Jaan_Tonisson_(Lasteleht), lk 127
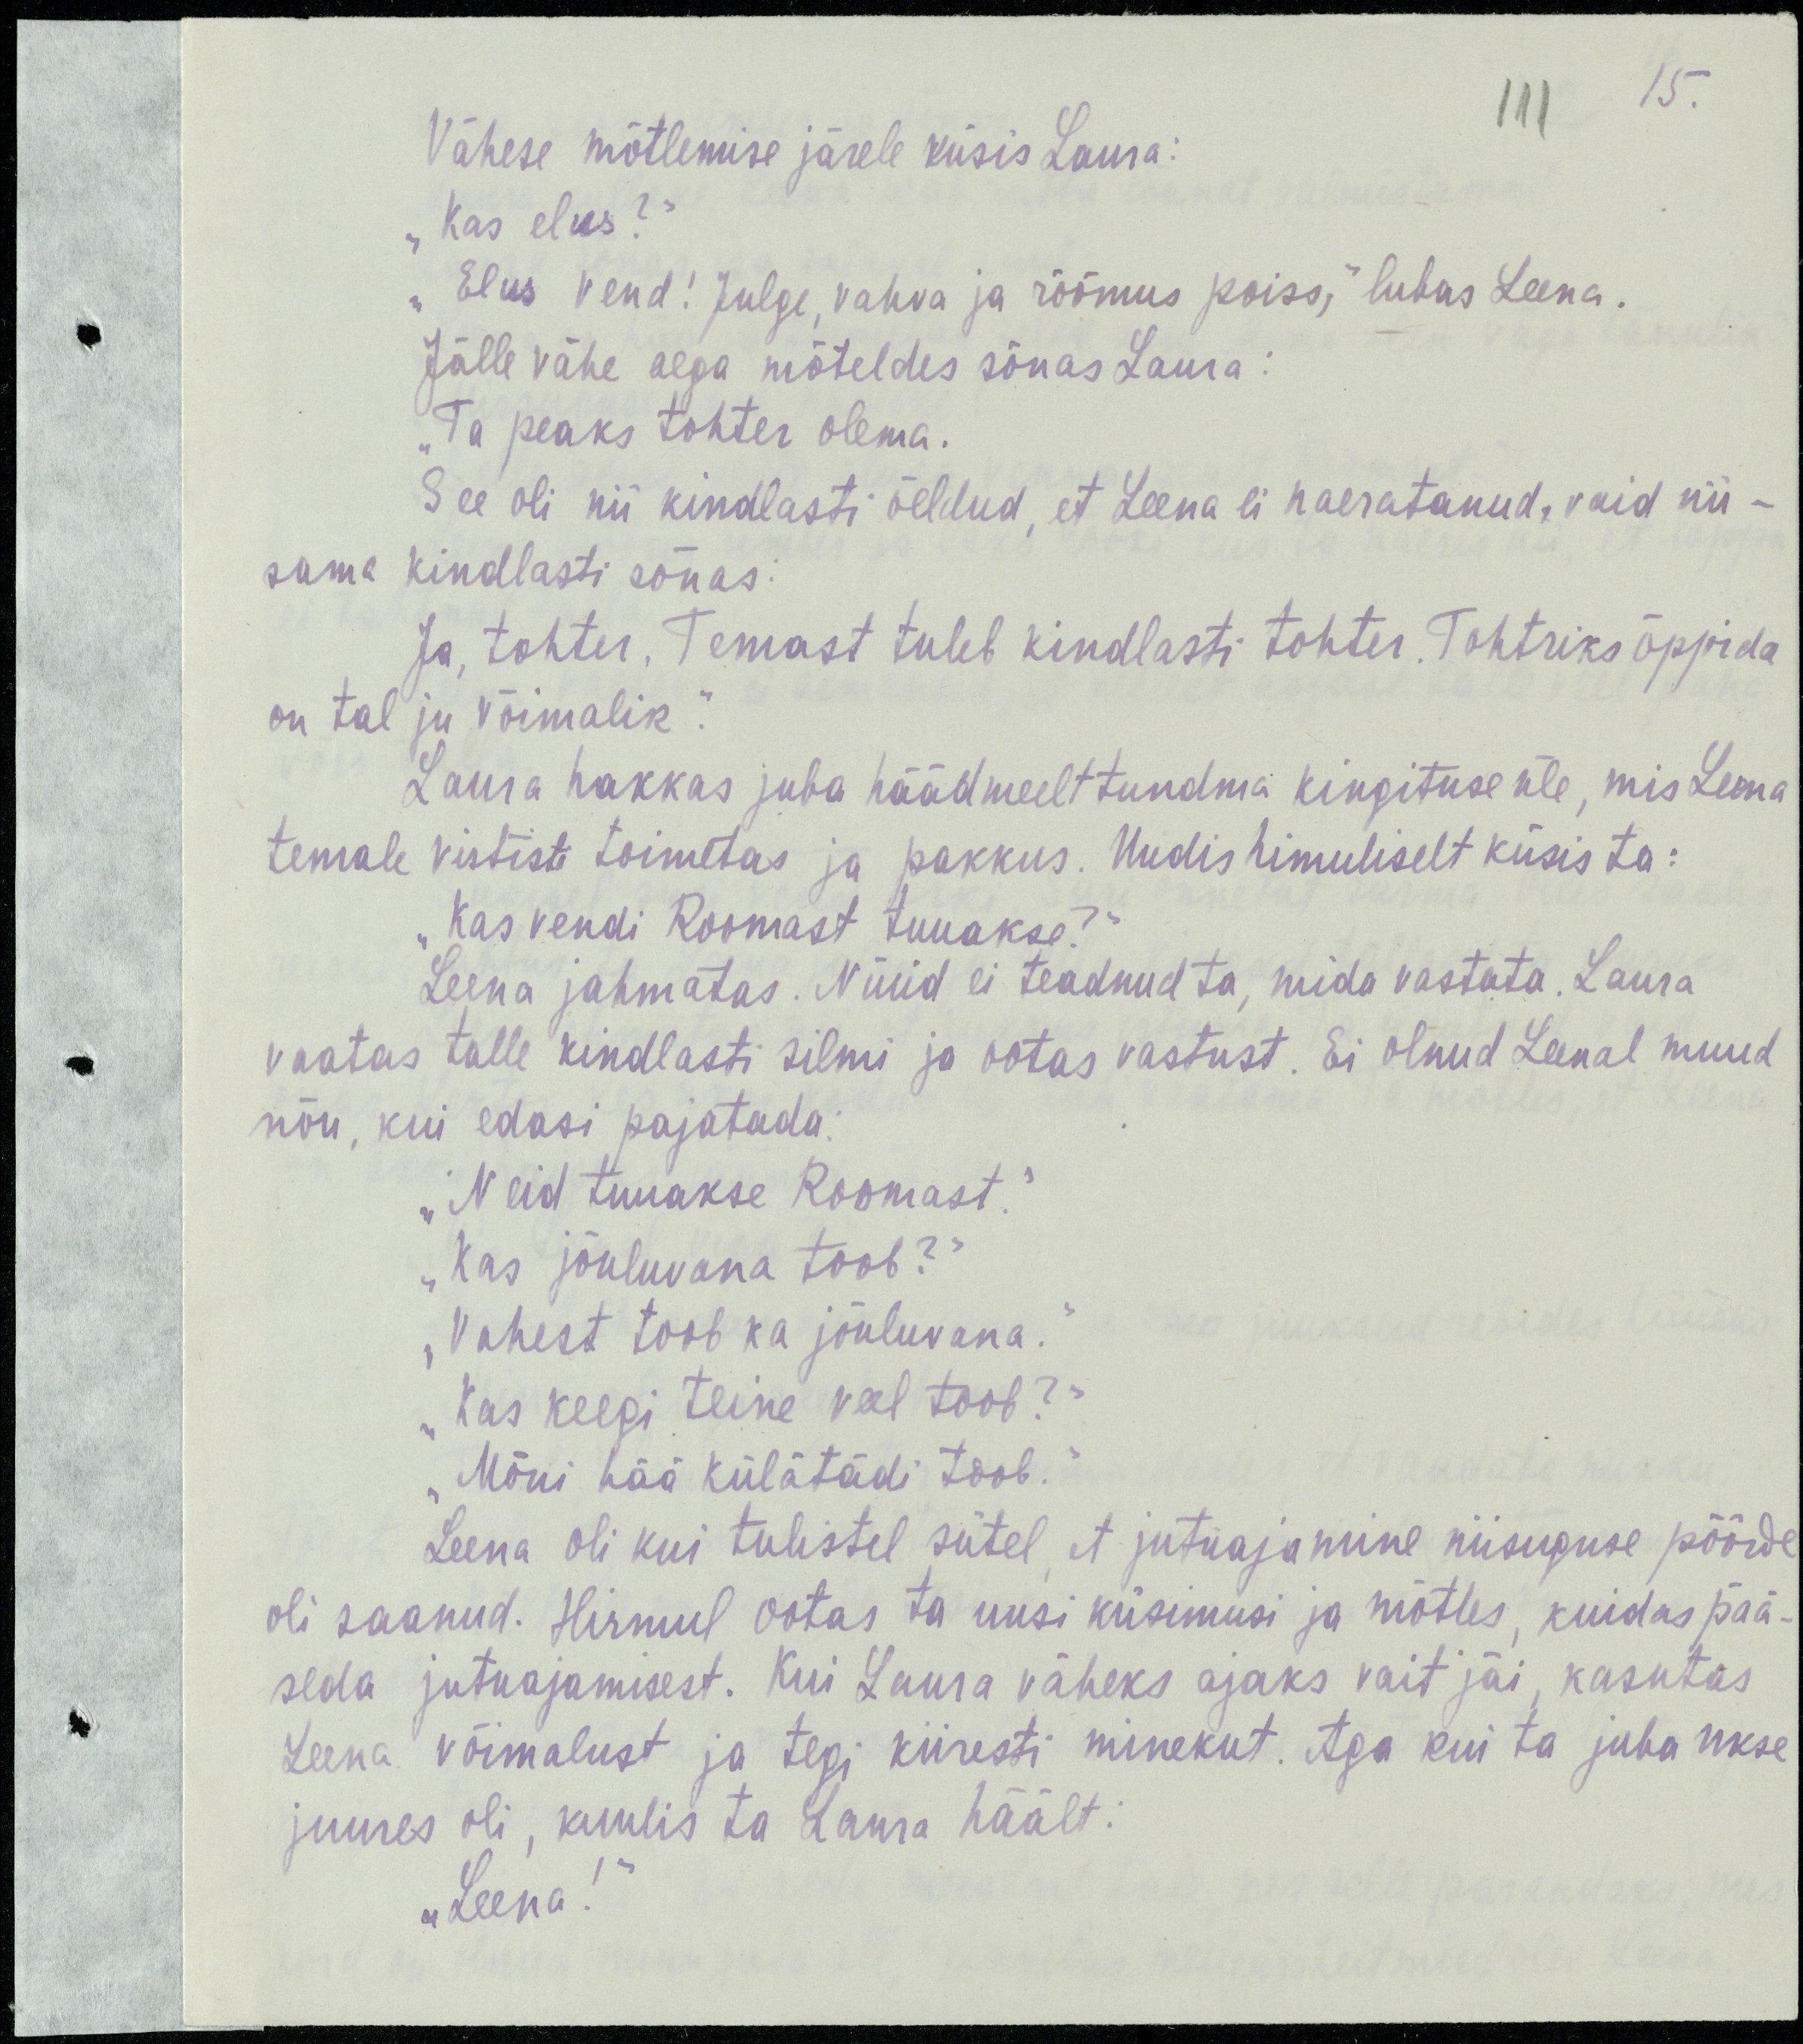
15.
111
Vähese mõtlemise järele küsis Laura:
„Kas elus?“
„Elus vend! Julge, vahva ja rõõmus poiss,“ lubas Leena.
Jälle vähe aega mõteldes sõnas Laura:
„Ta peaks tohter olema.“
See oli nii kindlasti öeldud, et Leena ei naeratanud, vaid nii-
sama kindlasti sõnas:
Ja, tohter. Temast tuleb kindlasti tohter. Tohtriks õppida
on tal ju võimalik.“
Laura hakkas juba hakkas juba häädmeelt tundma kingituse üle, mis Leena
temale vististi toimetas ja pakkus. Uudishimuliselt küsis ta:
„Kas vendi Roomast tuuakse?“
Leena jamhmatas. Nüüd ei teadnud ta, mida vastata. Laura
vaatas talle kindlasti silmi ja ootas vastust. Ei olnud Leenal muud
nõu, kui edasi pajatada:
„Neid tuuakse Roomast.“
„Kas jõuluvana toob?“
„Vahest toob ka jõuluvana.“
„Kas keegi teine veel toob?“
„Mõni hää külatädi toob.“
Leena oli kui tulistel sütel, et jutuajamine niisuguse pöörde
oli saanud. Hirmul ootas ta uusi küsimusi ja mõtles, kuidas pää-
seda jutuajamisest. Kui Laura väheks ajaks vait jäi, kasutas
Leena võimalust ja tegi kiiresti minekut. Aga kui ta juba ukse
juures oli, kuulis ta Laura häält:
„Leena!“